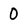
Character: 0